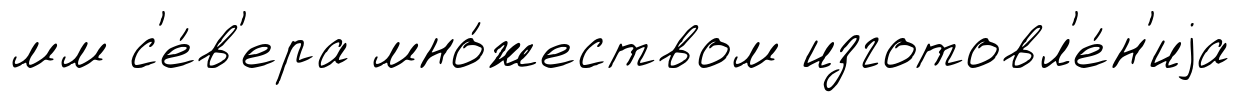
мм с'е́в'ера мно́жеством изготовл'е́н'иjа